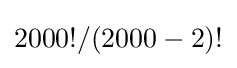
2000!/(2000-2)!